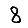
Digit: 8